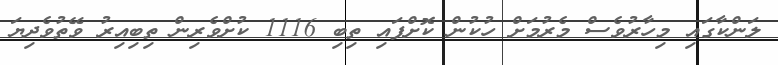
ލަންކާގައި މިހާރުވެސް މެރުމަށް ހުކުން ކޮށްފައި ތިބި 1116 ކުށްވެރިން ތިބިއިރު ވޭތުވެދިޔަ